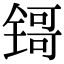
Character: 鿔